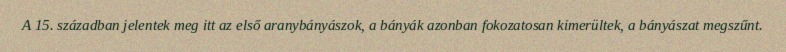
A 15. században jelentek meg itt az első aranybányászok, a bányák azonban fokozatosan kimerültek, a bányászat megszűnt.